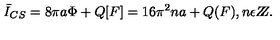
\bar { I } _ { C S } = 8 \pi a \Phi + Q [ F ] = 1 6 \pi ^ { 2 } n a + Q ( F ) , n \epsilon Z \! \! \! Z .